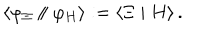
LaTeX: \left\langle \varphi _ { \Xi } \parallel \varphi _ { H } \right\rangle : = \left\langle \Xi \mid H \right\rangle .